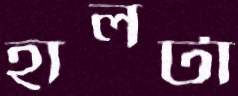
হালটা